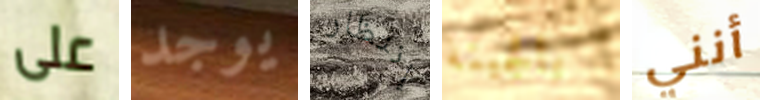
على يوجد إنتظار بالجبنة أنني